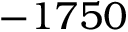
- 1 7 5 0